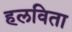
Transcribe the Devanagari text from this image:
हलविता